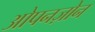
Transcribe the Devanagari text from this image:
ओपनज़ोन